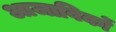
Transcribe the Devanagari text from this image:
आजाविकों